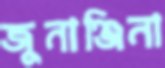
জুনাঞ্জিনা